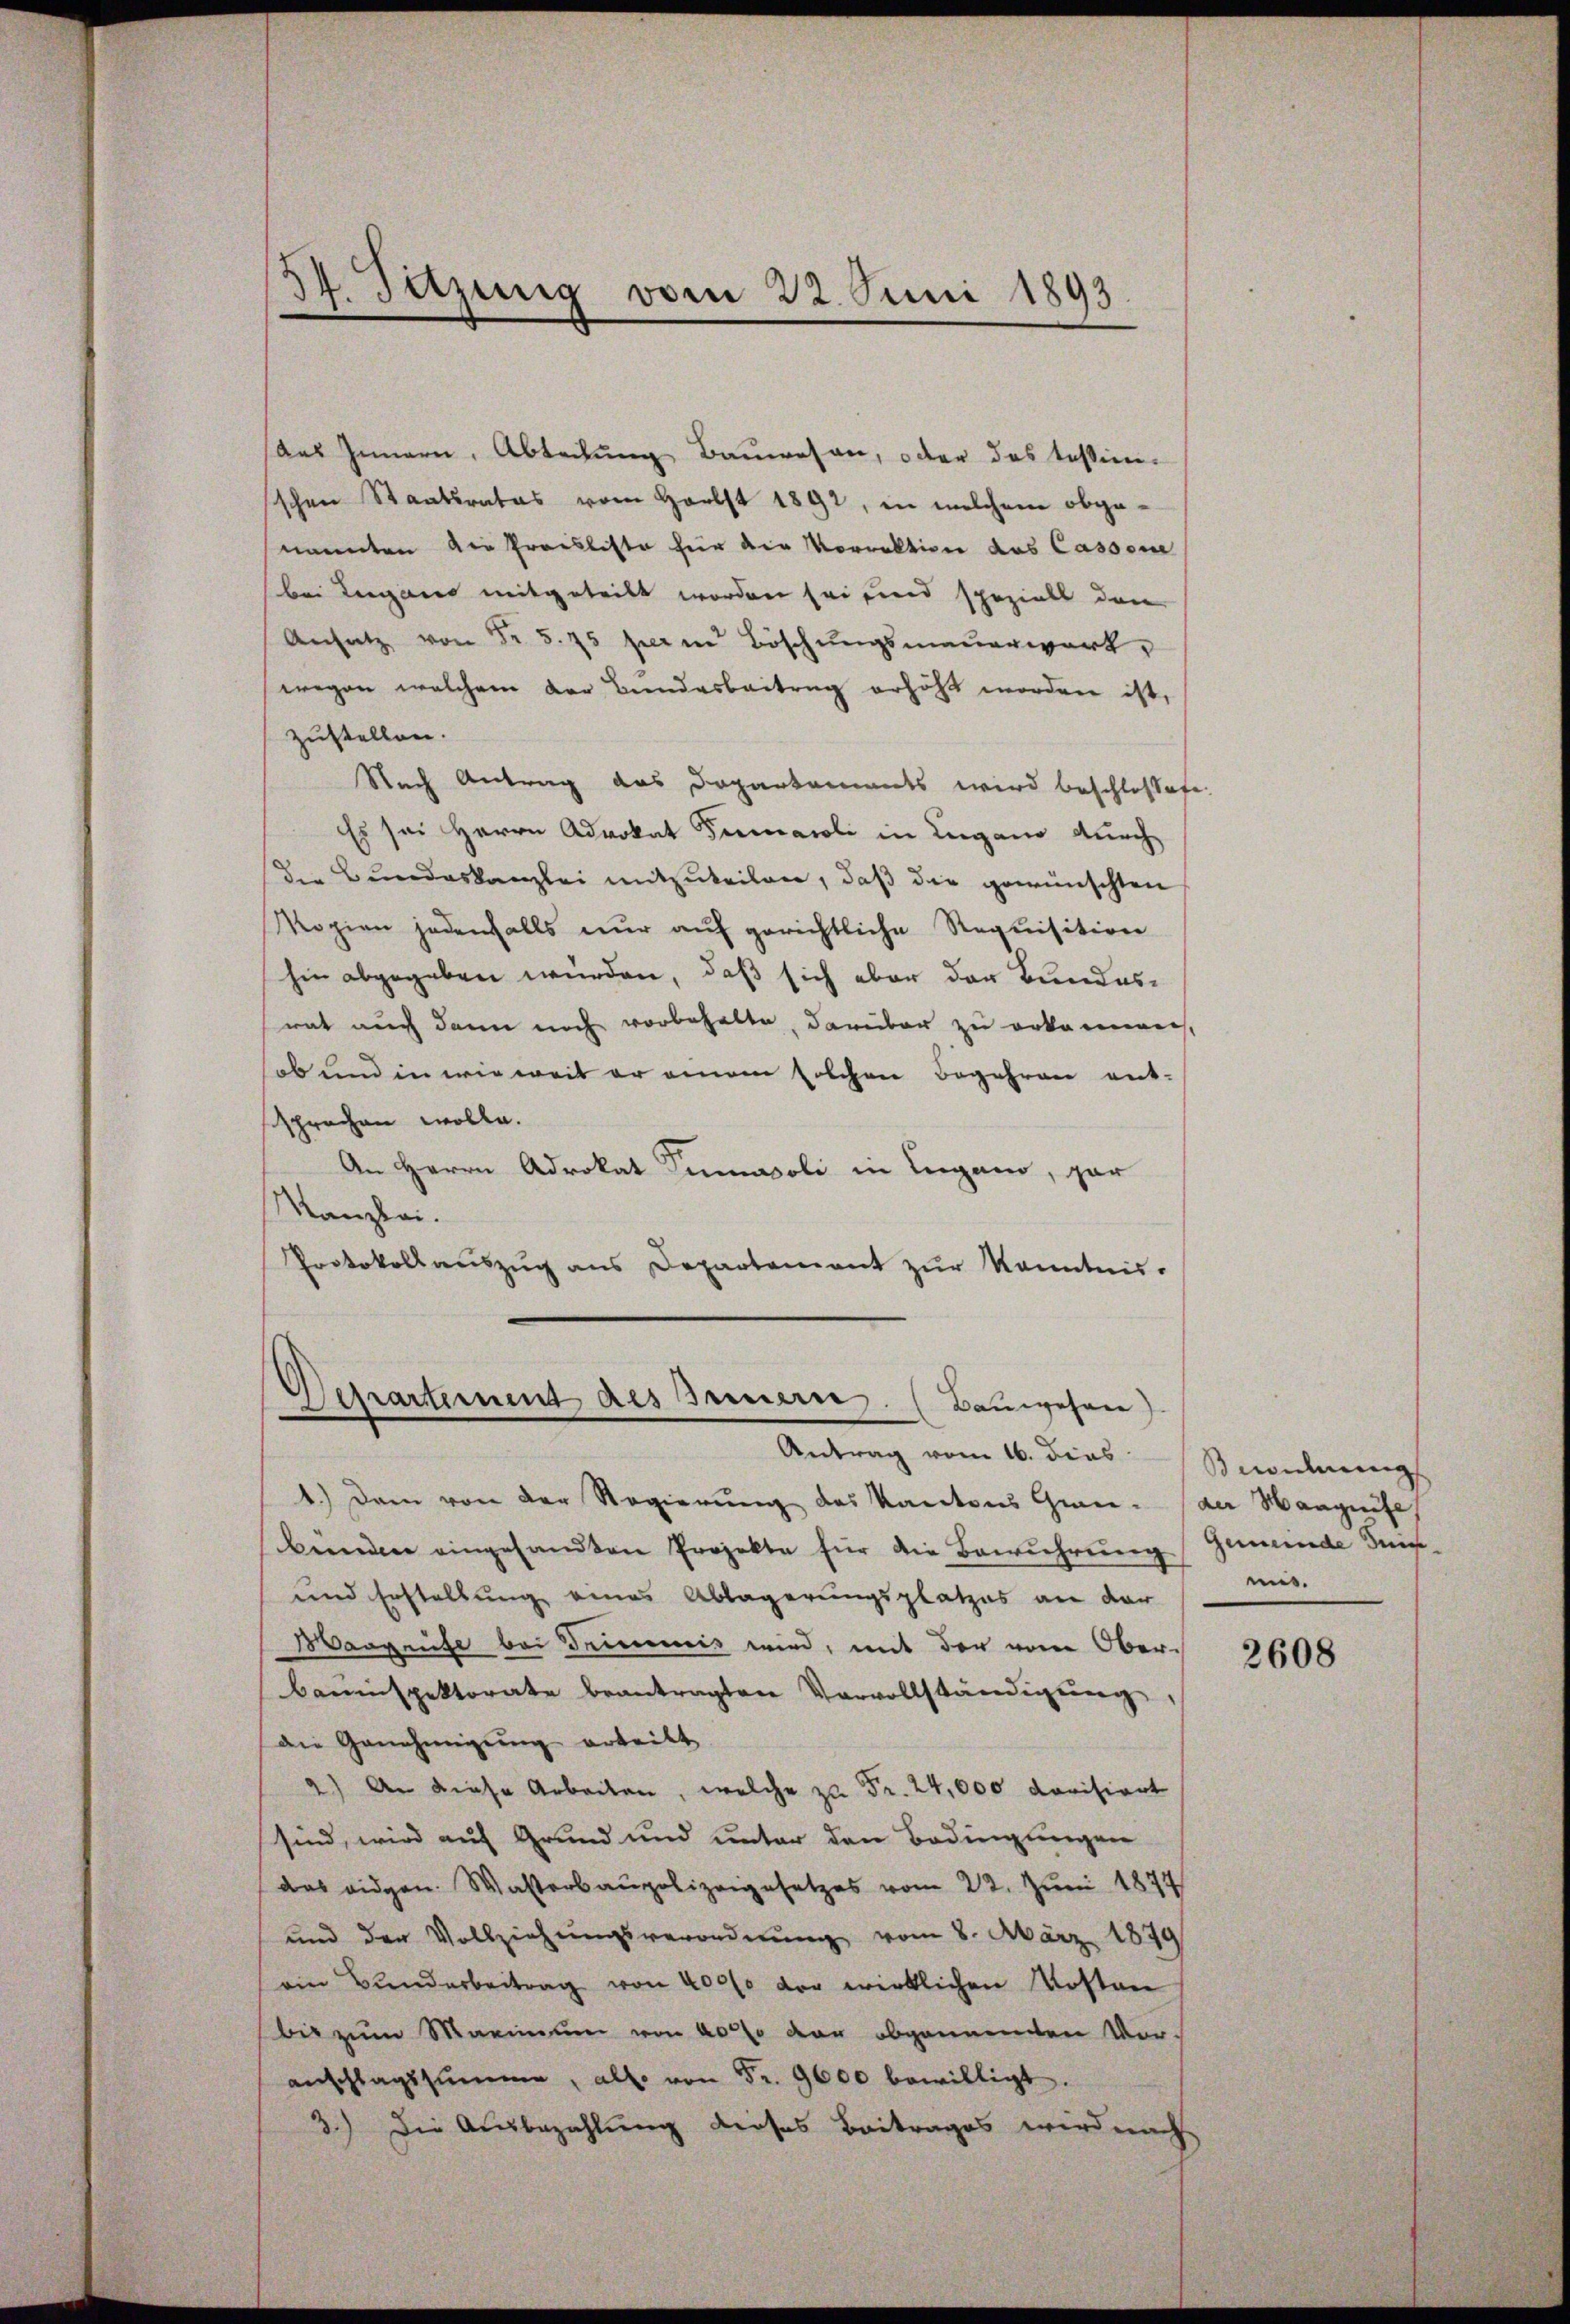
34. Satzung vom 22. Juni 1893
n

Aas Innern, Abteilung Bauwesen, oder das Tessin-
schen Staatsrates vom Herbst 1892, in welchem obgenannten die Proesliste für die Vorrektion das Cassene
bei Lugano mitgeteilt worden sei und speziell den
Ansatz von Fr. 5. 75 serm Böschungsmauerwerk,
wegen welchem der Bundesbeitrag erhöht worden ist,
zustellen.
Nach Antrag das Departements wird beschlosete.
Es sei Herrn Advokat Firmaroli in Lugano durch
die Bundeskanzlei mitzuteilen, daß die gewünschten
Kopien jedenfalls nur auf gerichtliche Requisition
hin abgegeben würden, daß sich aber der Bundes-
rat auch dann noch vorbehalte, darüber zu erkannes,
ob und in wie weit er einem solchen Begehren ent-
ssprechen wolle.
An Herrn Adrokat Sumasoli in Lugano, par
Manzlei.
Protokollauszug aus Departement zur Kenntnis-

Separtement des Innern. (Bauwesen)

Antrag vom 16. dies
1.) Dem von der Regierung des Kantons Gran- der Haagnife
benden eingesandten Projekte für die Bewuhrung Gemeinde Ini¬
und Erstellung eines Ablagerungsplatzes an dar
Margente bei Drumnis wird, mit der vom Ober¬
Bauinspektorate beantragten Vervollständigung,
die Genehmigŭng erteilt.
2) An diese Arbeiten, welche zu Fr. 24,000 dorisiert
sind, wird auf Grund und unter den Bedingungen
das eidgen. Wasterbaupolizeigesetzes vom 22. Juni 1877
und der Vollziehŭngsverordnŭng vom 8. März 1879
ein Bunderbeitrag von 4000 der wirklichen Kosten
bei zum Maximum von 4000 von obgenannten Voranschlagssumme, all. von Fr. 9600 bewilligt.
3.) Die Ausbezahlung dieses Beitrages wird nach

eidung
mit.

2608